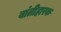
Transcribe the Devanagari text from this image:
वांतीहारक